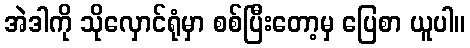
အဲဒါကို သိုလှောင်ရုံမှာ စစ်ပြီးတော့မှ ပြေစာ ယူပါ။